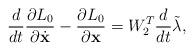
LaTeX: \begin{align*} \dfrac{d}{dt}\dfrac{\partial L_0}{\partial\dot{\textbf{x}}}-\dfrac{\partial L_0}{\partial{\textbf{x}}}=W^T_2\dfrac{d}{dt}\tilde{\lambda},\end{align*}